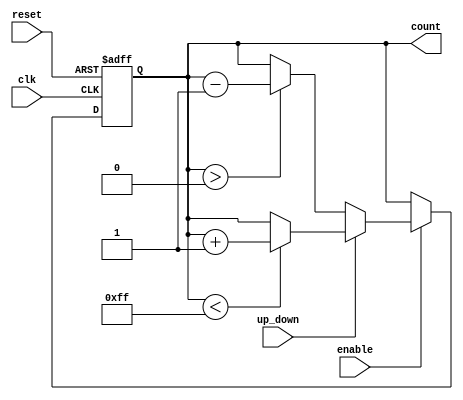
module UpDownCounter (
    input wire clk,          // Clock signal
    input wire reset,        // Asynchronous reset signal
    input wire enable,       // Count enable signal
    input wire up_down,      // Control signal (1 for up, 0 for down)
    output reg [7:0] count   // Current count value (8-bit counter)
);

    // Maximum count value (255 for an 8-bit counter)
    parameter MAX_COUNT = 8'hFF;

    // Asynchronous reset and counting logic
    always @(posedge clk or posedge reset) begin
        if (reset) begin
            count <= 8'b0; // Reset count to zero
        end else if (enable) begin
            if (up_down) begin
                // Increment logic
                if (count < MAX_COUNT) begin
                    count <= count + 1;
                end
            end else begin
                // Decrement logic
                if (count > 0) begin
                    count <= count - 1;
                end
            end
        end
    end

endmodule